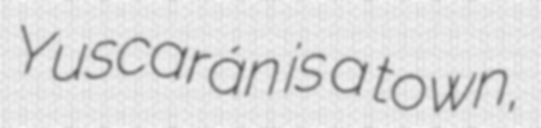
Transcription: Yuscarán is a town,